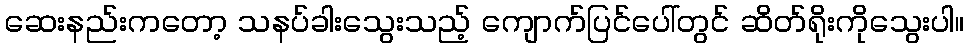
ဆေးနည်းကတော့ သနပ်ခါးသွေးသည့် ကျောက်ပြင်ပေါ်တွင် ဆိတ်ရိုးကိုသွေးပါ။